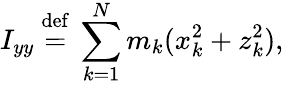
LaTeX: I_{yy}\ {\stackrel{\mathrm{def}}{=}}\ \sum_{k=1}^{N}m_{k}(x_{k}^{2}+z_{k}^{2}),\,